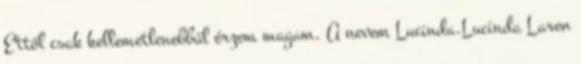
Ettől csak kellemetlenebbül érzem magam. A nevem Lucinda.Lucinda Laren